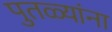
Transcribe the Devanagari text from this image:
पुतळ्यांना